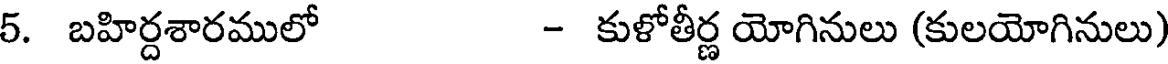
5. బహిర్దశారములో - కుళోతీర్ణ యోగినులు (కులయోగినులు)